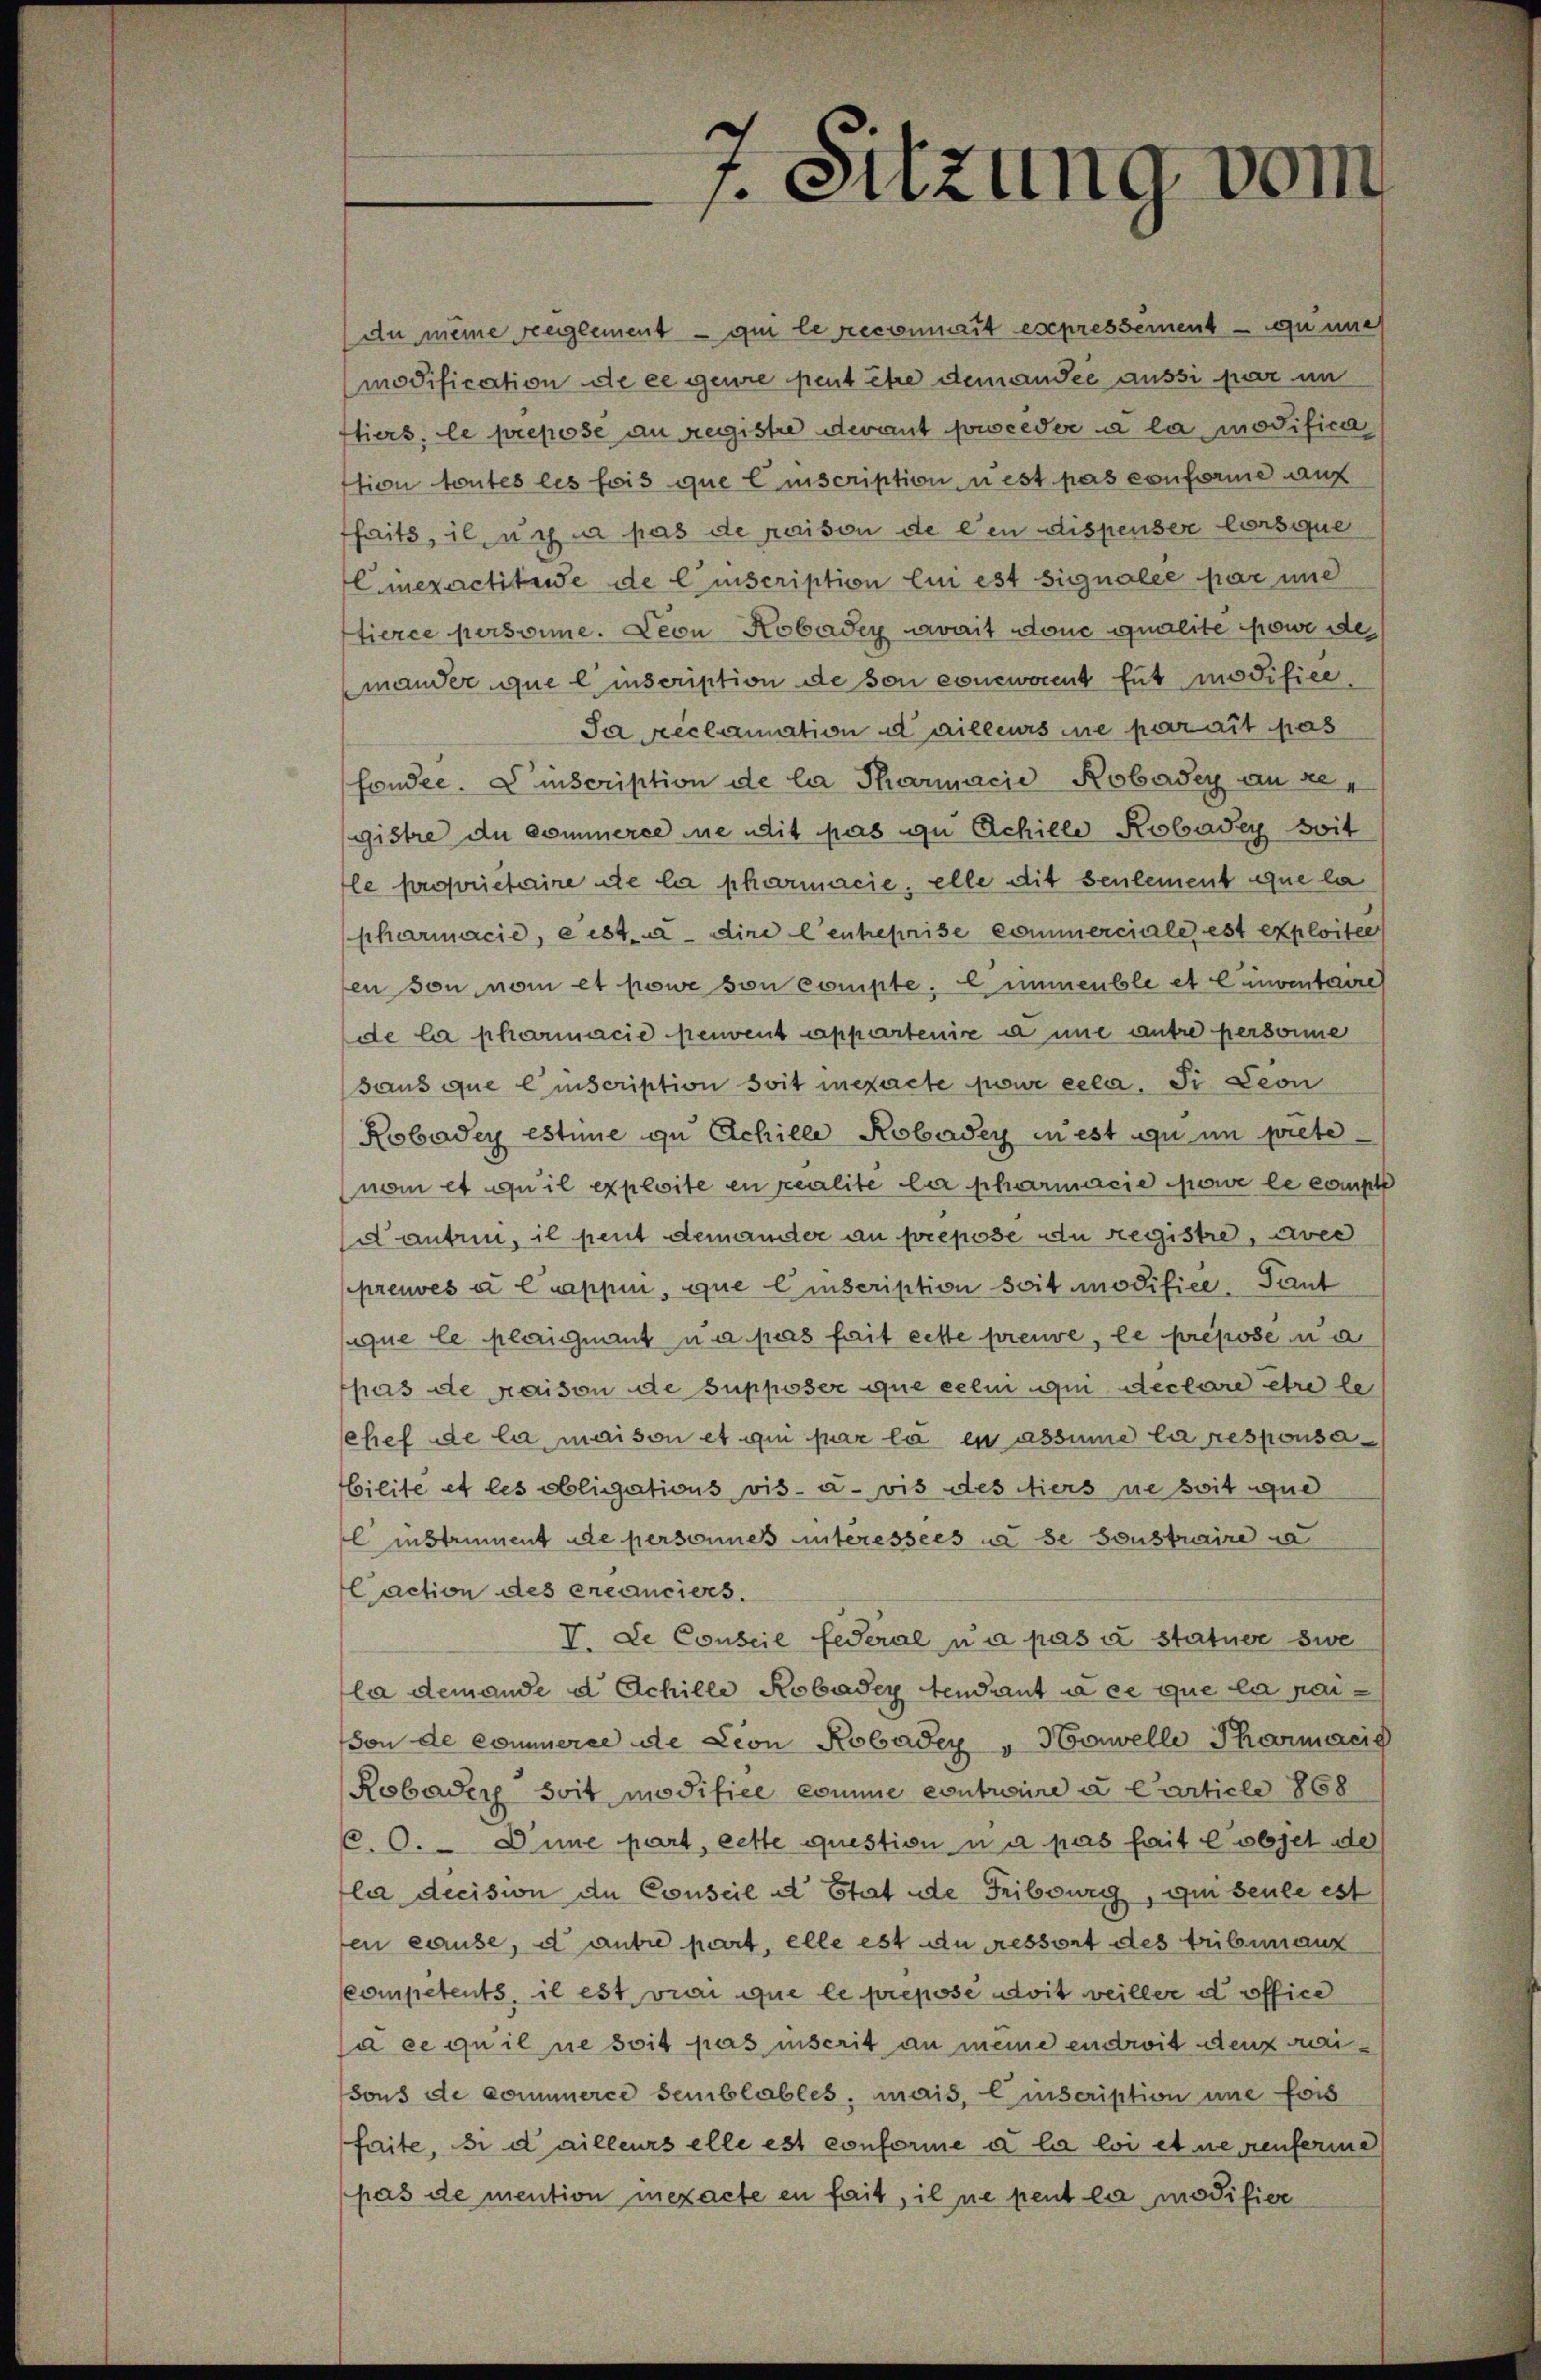
Au meine reglement qui le reconnait expressement que
modification de ce geure peut être demandée aussi par im
tiers, le preposse an registre devant prceder a la modifica
tion toutes les fois que Einscription n’est pas conforme auf
haits, il ich in pas de raison de den dispenser lorsque
Ciexactituise de l’inscription lui est signalee par und
tierce personne. Leon Robadey avait done qualite powe des
mander que l’inscription de son concwocent fut modifice.
Ja Reclamation dailleurs ne parait pas
fonder. Discription de la Pharmacie Robadey an gegistre du commerce de mit pas zu Achille Robadey soit
le proprietaire de la pharmacie, elle dit seulement que la
sharmacie, e ist. a. dire l’entreprise commerciale est exploite
en son vom et powe von compte. Eimmeuble et einventaire
de la pharmacie peuvent appartenire à une antre personne
saus que Einscription soit inexacte pour cela. Si Leon
Kobadey estime zu Eichille Robadey in est zu im prete
nem et qu’il exploite en realite der pharmacie powe le compt
d antrin, il peut demanter an prepose du registre, avec
preuves à Cuappi, que Einscription soit modifice. Tant
ique le plaigment un pas fait cette preuve, le prepose na
pas de maison de supposer que celui qui declare être le
chef de la maison et qui par la es assume la responsa
bilite et les obligations vis-à-vis des Niers ne soit que
l instrument de personnes unteressées ne se sonstraire da
Caction des créanciers.
V. Le Conseil Federal ua pas a statuer zwe
la demande d. Achille Robader Gendant de ce que la raison de commerce de Lion Robader „Nonelle Pharmacie
Robader soit modifice comme contraire u. Carticle 868
C. 0. - Eine part, cette question u a pas fait l’objet de
la decision de Conseil d Etat de Fribourg, qui seule est
en cause, d antre part, elle est du essort des tribunaux
competents, il est vrai que le prepose doit veiller d office
à ce qu’il ne soit pas inscrit an meine endwit den weisous de commerce semblables; mais, Einscription une fois
faite, si dailleurs elle est conforme à la loi et ne renferie
pas de mention inexacte en fait, il ne peut la modifier

7. Sitzung vom